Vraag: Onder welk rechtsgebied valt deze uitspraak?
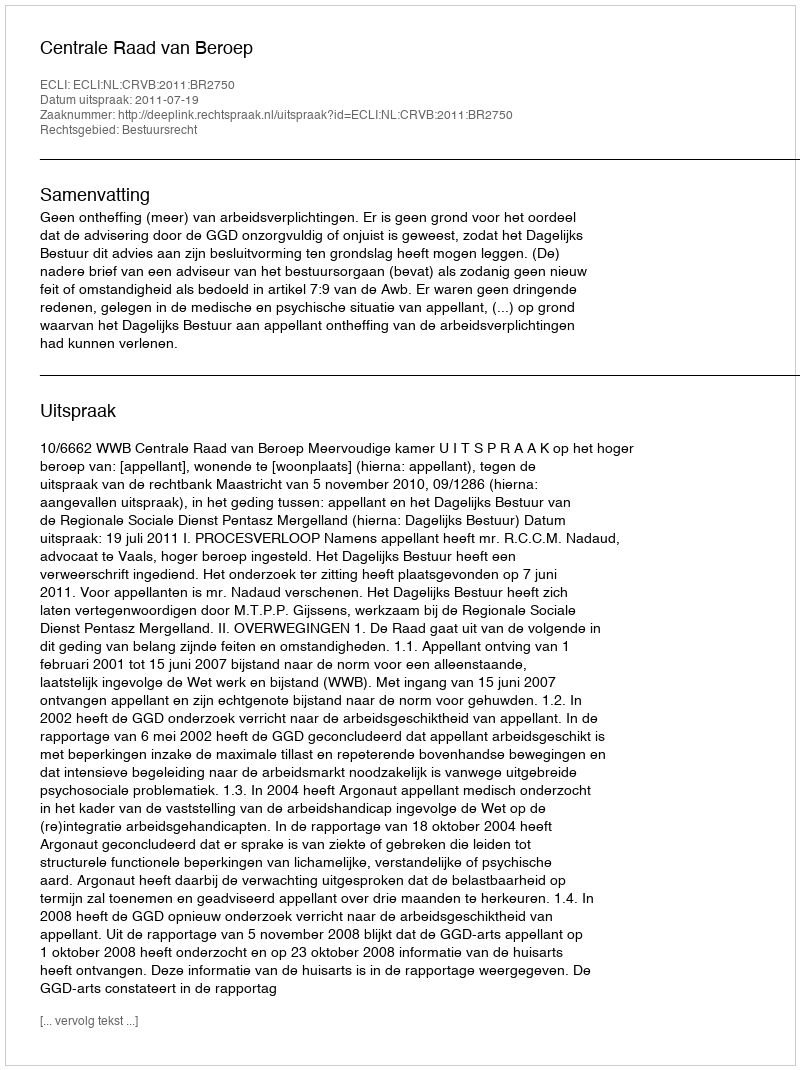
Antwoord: Bestuursrecht